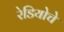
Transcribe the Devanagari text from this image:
रेडियोचे